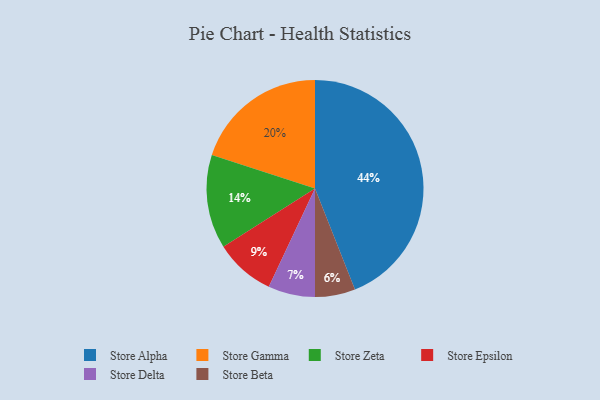
{"axis": {"x": "Category", "y": "Percentage"}, "legend": ["Store Alpha", "Store Beta", "Store Delta", "Store Epsilon", "Store Gamma", "Store Zeta"], "data": [{"x": "Store Alpha", "y": 44, "type": "Store Alpha"}, {"x": "Store Delta", "y": 7, "type": "Store Delta"}, {"x": "Store Beta", "y": 6, "type": "Store Beta"}, {"x": "Store Epsilon", "y": 9, "type": "Store Epsilon"}, {"x": "Store Zeta", "y": 14, "type": "Store Zeta"}, {"x": "Store Gamma", "y": 20, "type": "Store Gamma"}]}